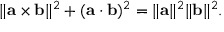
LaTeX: \| \mathbf { a } \times \mathbf { b } \| ^ { 2 } + ( \mathbf { a } \cdot \mathbf { b } ) ^ { 2 } = \| \mathbf { a } \| ^ { 2 } \| \mathbf { b } \| ^ { 2 } .